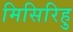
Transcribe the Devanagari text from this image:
मिसिरिहु